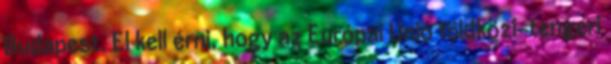
Budapest. El kell érni, hogy az Európai Unió földközi-tengeri